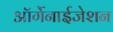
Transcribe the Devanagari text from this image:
ऑर्गेनाईजेशन